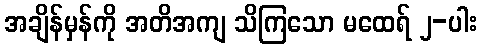
အချိန်မှန်ကို အတိအကျ သိကြသော မထေရ် ၂-ပါး